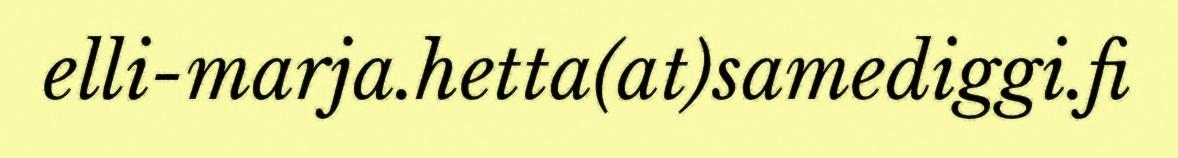
elli-marja.hetta(at)samediggi.fi